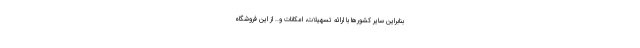
بنابراین سایر کشورها با ارائه تسهیلات، امکانات و.. از این فروشگاه